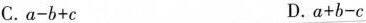
C.$$a-b+c$$ D.$$a+b-c$$